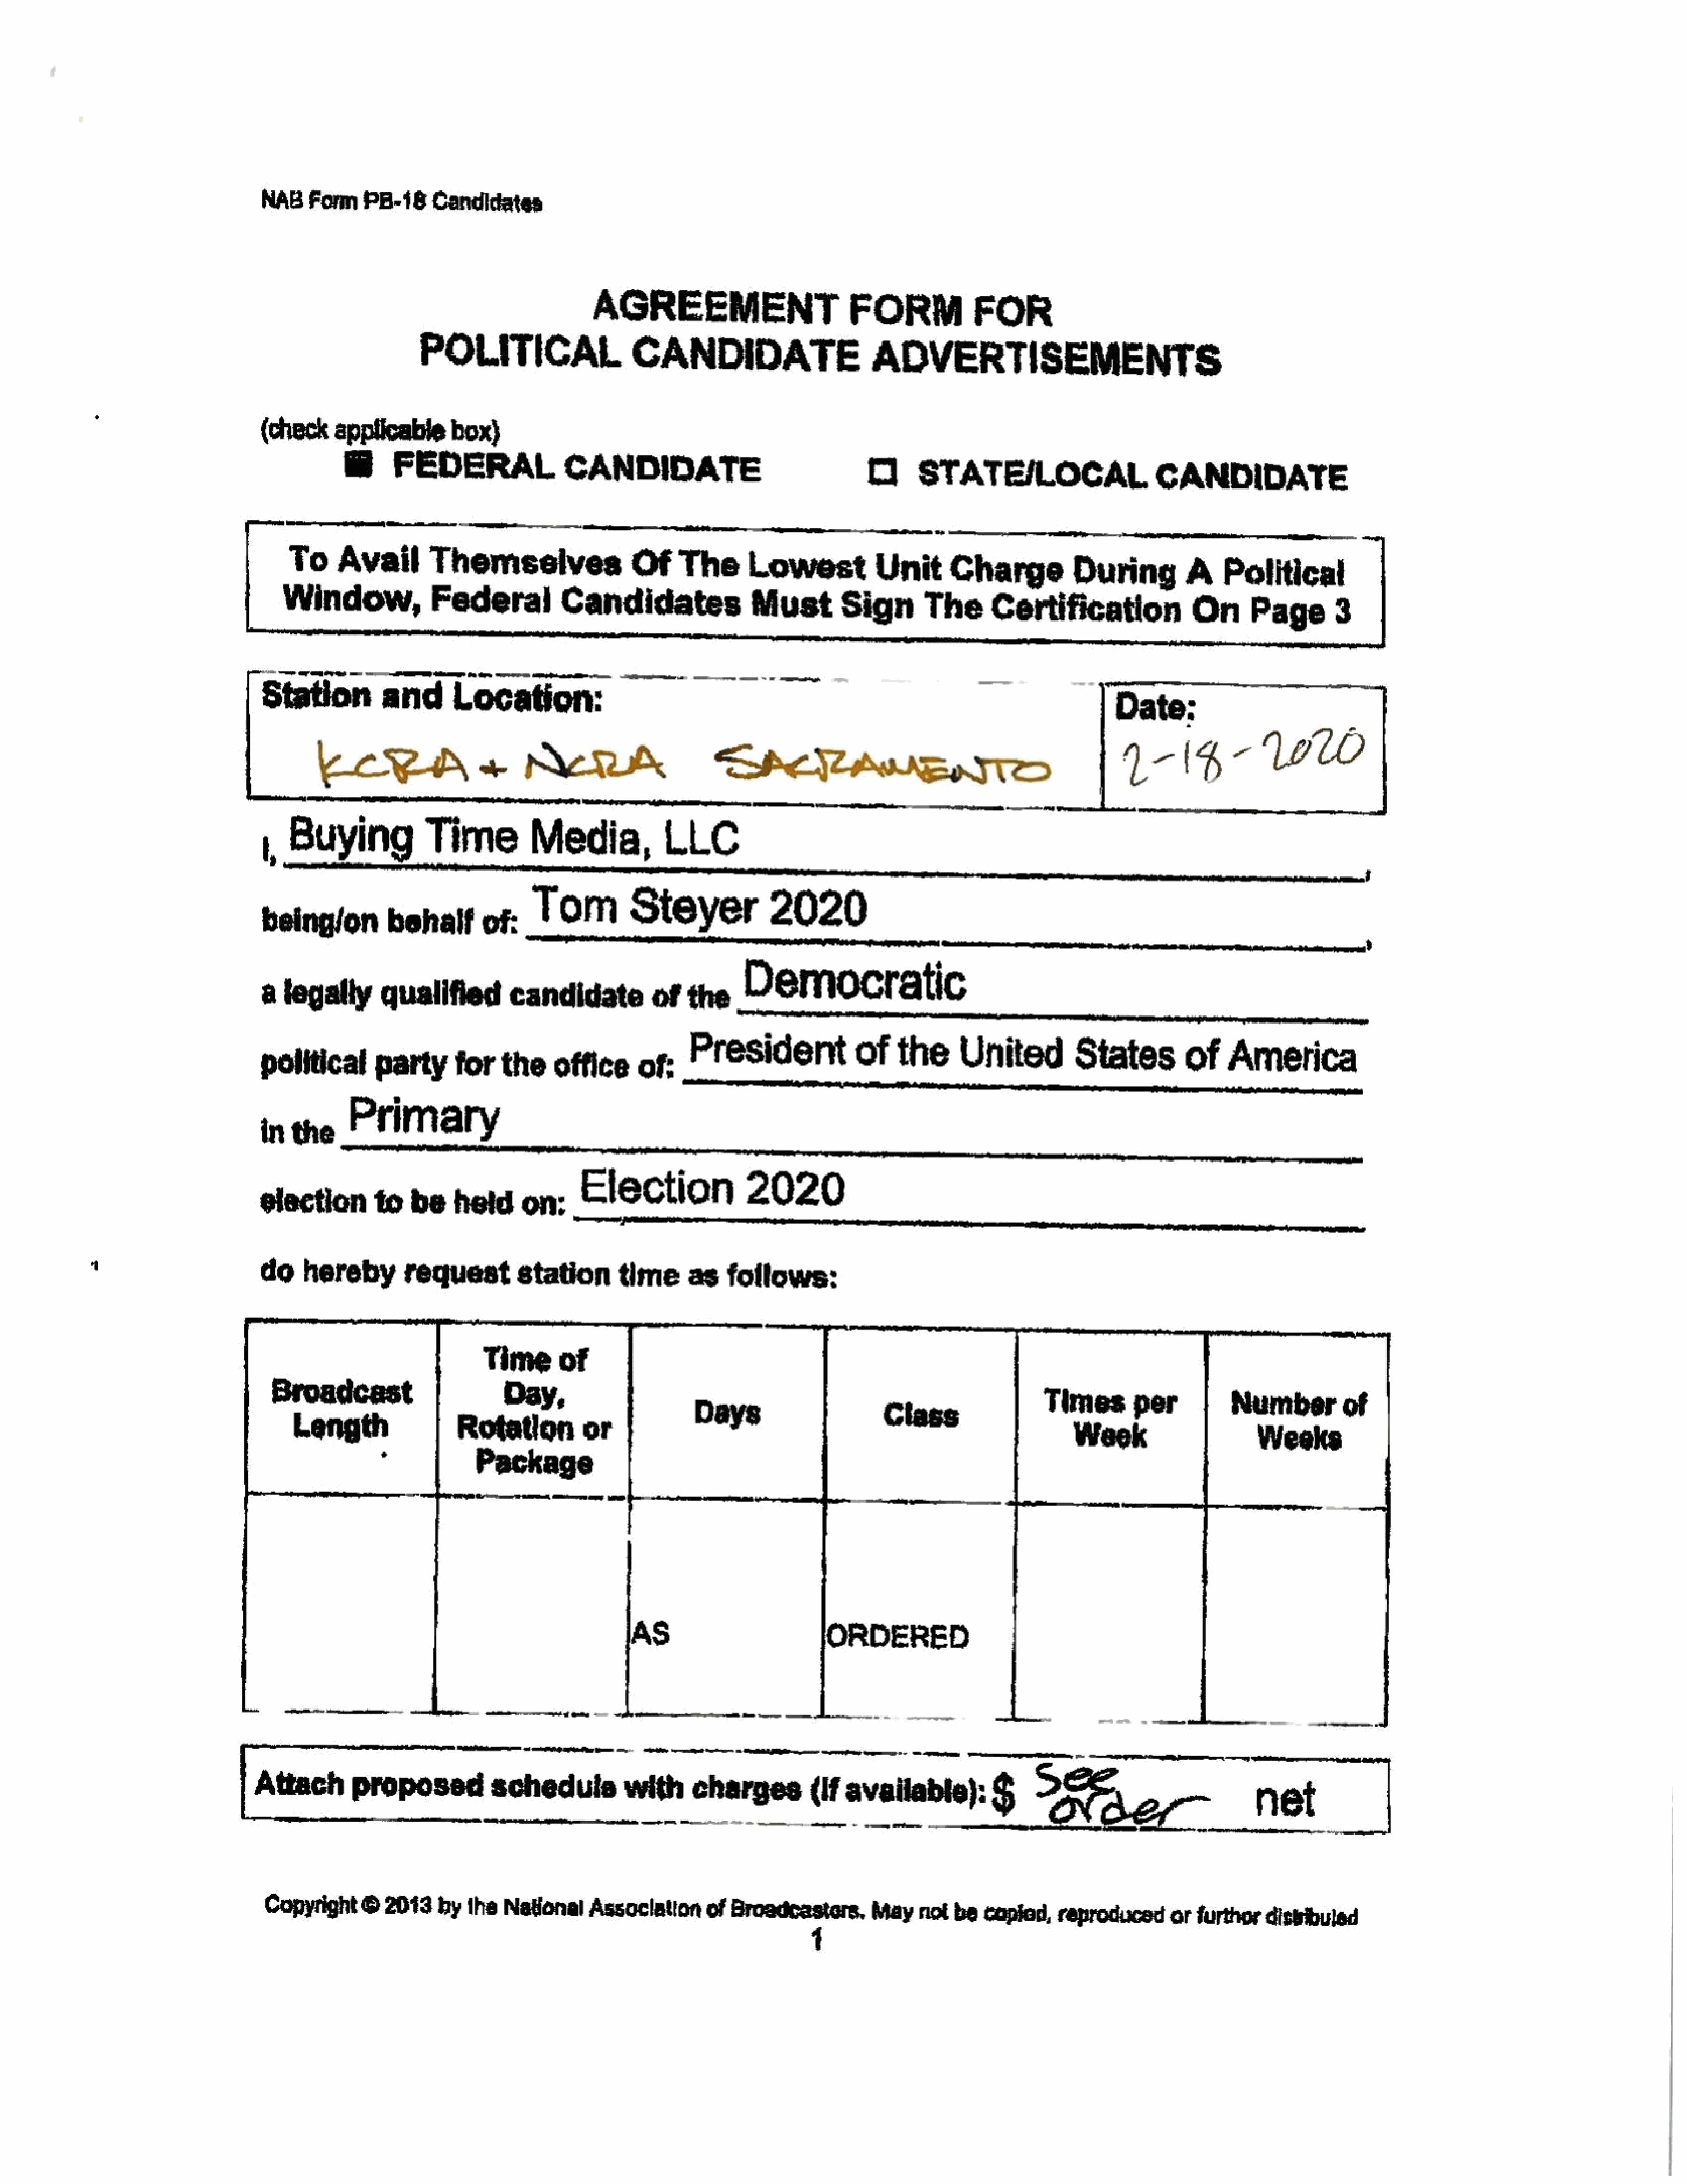
NAB    Form    PB-18     Candidates
 AGREEMENT
 FORM              FOR
 POLITICAL
 CANDIDATE
 ADVERTISEMENTS
 (check     applicable      box}
 @      FEDERAL                  CANDIDATE
 C]     STATE/LOCAL
 CANDIDATE
 To     Avail        Themselves
 Of     The       Lowest            Unit       Charge            During          A    Political
 Window,Federal
 Candidates                 Must         Sign        The       Certification
 On      Page        3
 T20O2M0
 StationandLocation:                                           =                                        -                  Date;
 |7-14-             Wl
 Leeds                         VR
 SaeKaweare
 Democratic
 1, Buying              Time           Media,             LLC
 beingion          behaif        of:   Steyer
 =
 a   legally      qualified          candidate           of   the
 political        party      forthe        office      of,   LPresidenit              of    the     n United          Se tates        of   d Ametica
 in   the     Primary
 election        to    be    held      on:     Ele     ction           2020
 do    hereby         requeststation                time      as    follows:
 Times        per
 Week
 [attach         proposedschetilewithchargeoavalabe:
 on                         -    net               |
 Copyright     ©  2043    hy  the  National    Association      of Broadcasters,        May   nol  be   Capiad,   reproduced      orfurthor     distibuled
 1
 (
 i